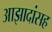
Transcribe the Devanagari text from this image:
आझादांसह